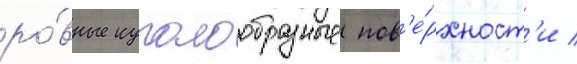
ро́вные куполообразные пов'е́рхност'и /